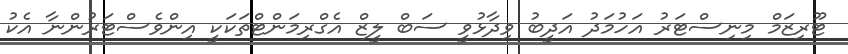
ޓޫރިޒަމް މިނިސްޓަރު އަހުމަދު އަދީބު ވިދާޅުވީ ސަބް ލީޒް އެގްރިމަންޓްތަކަކީ އިންވެސްޓަރުންނާ އެކު